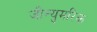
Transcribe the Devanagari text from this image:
जीन्युमरिक